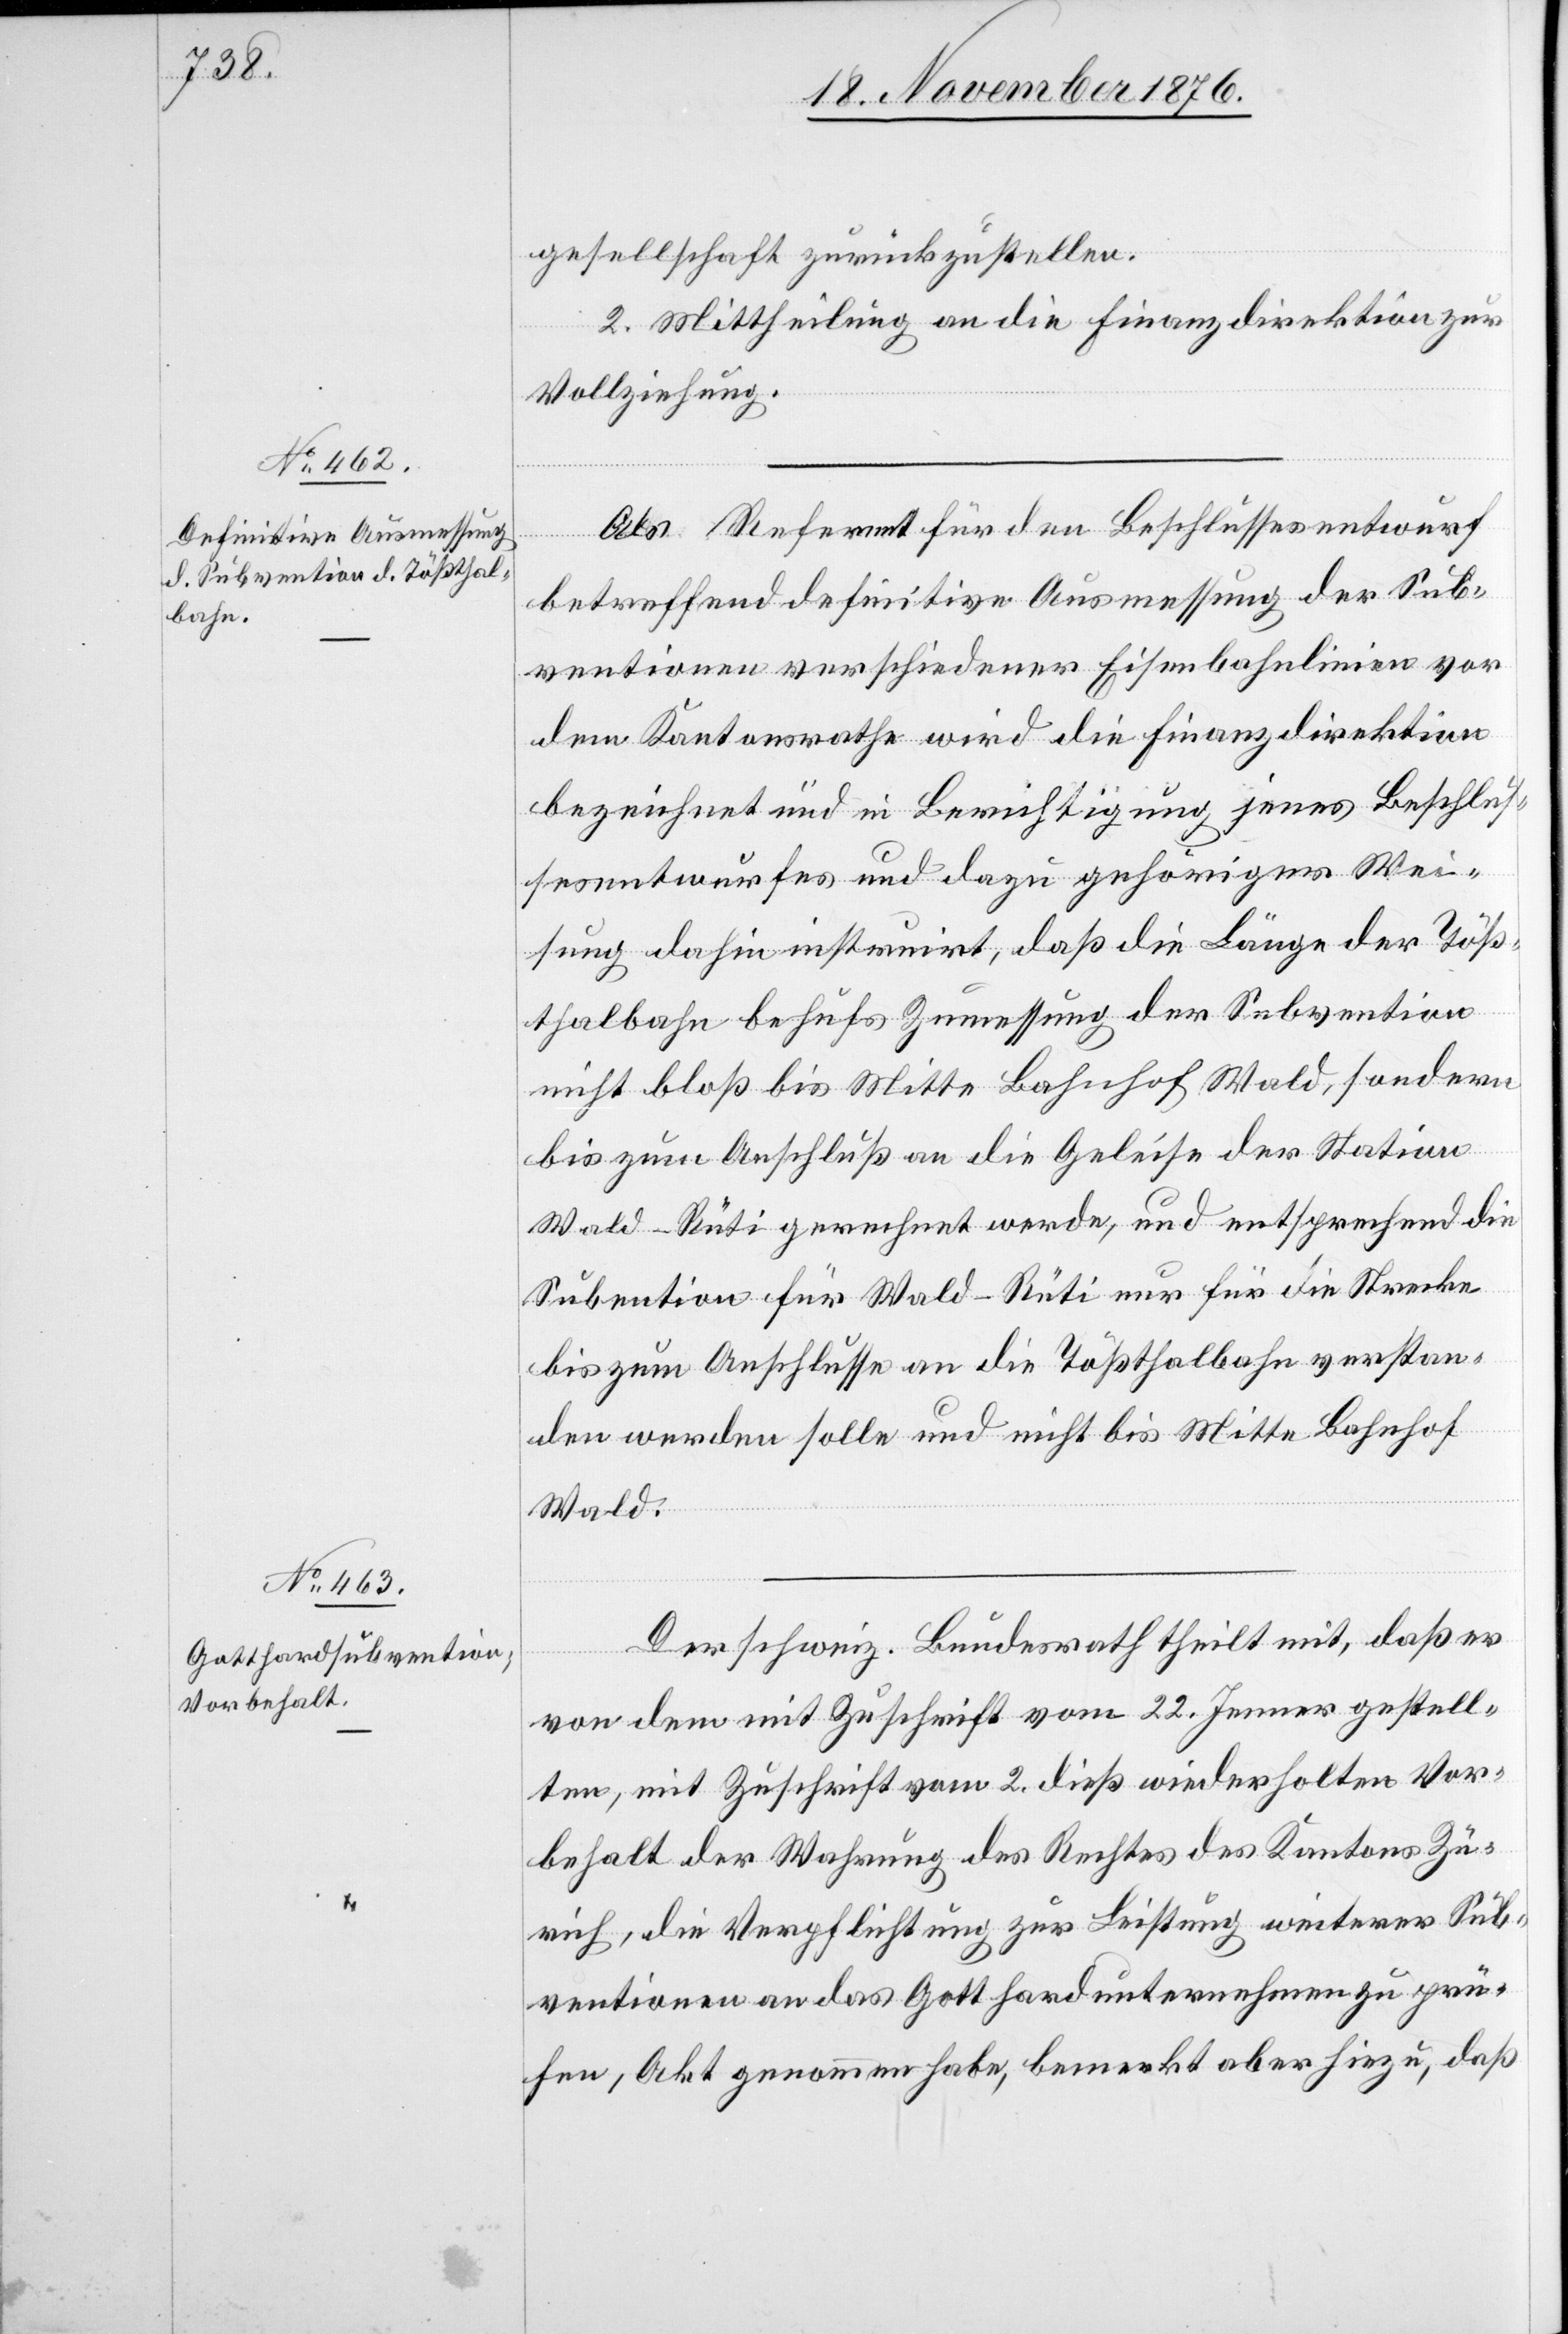
gesellschaft zurückzustellen.
II. Mittheilung an die Finanzdirektion zur
Vollziehung.
Als Referent für den Beschlussesentwurf
betreffend definitive Ausmessung der Sub¬
ventionen verschiedener Eisenbahnlinien vor
dem Kantonsrathe wird die Finanzdirektion
bezeichnet und die in Berichtigung jenes Beschlus¬
sesentwurfes und dazu gehöriger Wei¬
sung dahin instruirt, daß die Länge der Töß¬
thalbahn behufs Zumessung der Subvention
nicht bloß bis Mitte Bahnhof Wald, sondern
bis zum Anschluß an die Geleise der Station
Wald–Rüti gerechnet werde, und entsprechend die
Subention [sic!] für Wald–Rüti nur für die Strecke
bis zum Anschlusse an die Tößthalbahn verstan¬
den werden solle und nicht bis Mitte Bahnhof
Wald.
Der schweiz. Bundesrath theilt mit, daß er
von dem mit Zuschrift vom 22. Jenner gestell¬
ten, mit Zuschrift vom 2. dieß wiederholten Vor¬
behalt der Wahrung des Rechtes des Kantons Zü¬
rich, die Verpflichtung zur Leistung weiterer Sub¬
ventionen an das Gotthardunternehmen zu prü¬
fen, Akt genommen habe, bemerkt aber hiezu, daß